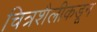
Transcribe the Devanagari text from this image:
चित्रशैलीकडून